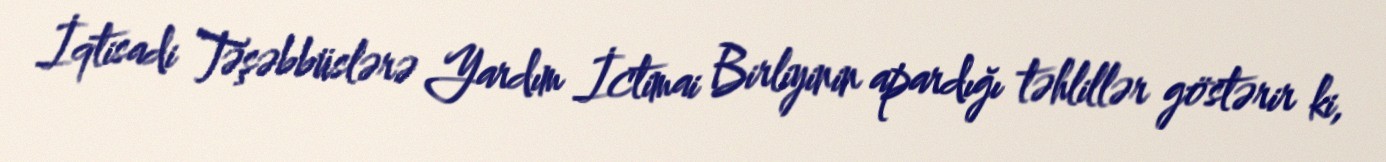
İqtisadi Təşəbbüslərə Yardım İctimai Birliyinin apardığı təhlillər göstərir ki,